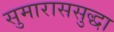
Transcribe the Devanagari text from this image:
सुमाराससुद्धा